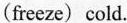
(freeze) cold.